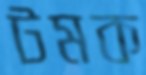
টমক